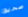
صحيح